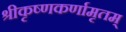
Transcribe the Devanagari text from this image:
श्रीकृष्णकर्णामृतम्